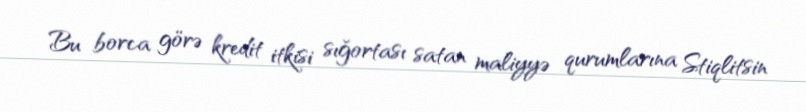
Bu borca görə kredit itkisi sığortası satan maliyyə qurumlarına Stiqlitsin